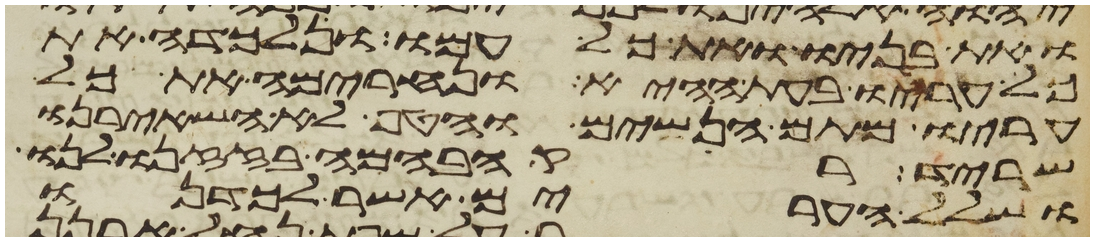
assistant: ואת בניו ואת כל עמו ונלכדה את
כל עריו בעת ההיא ונחרימה את כל
עריו מתם הנשים והטף לא השאירנו
שריד רק הבהמה בזזנו לנו
ושלל הערים אשר לכדנו